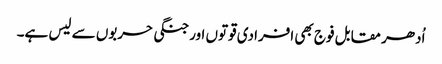
اُدھر مقابل فوج بھی افرادی قوتوں اورجنگی حربوں سے لیس ہے۔